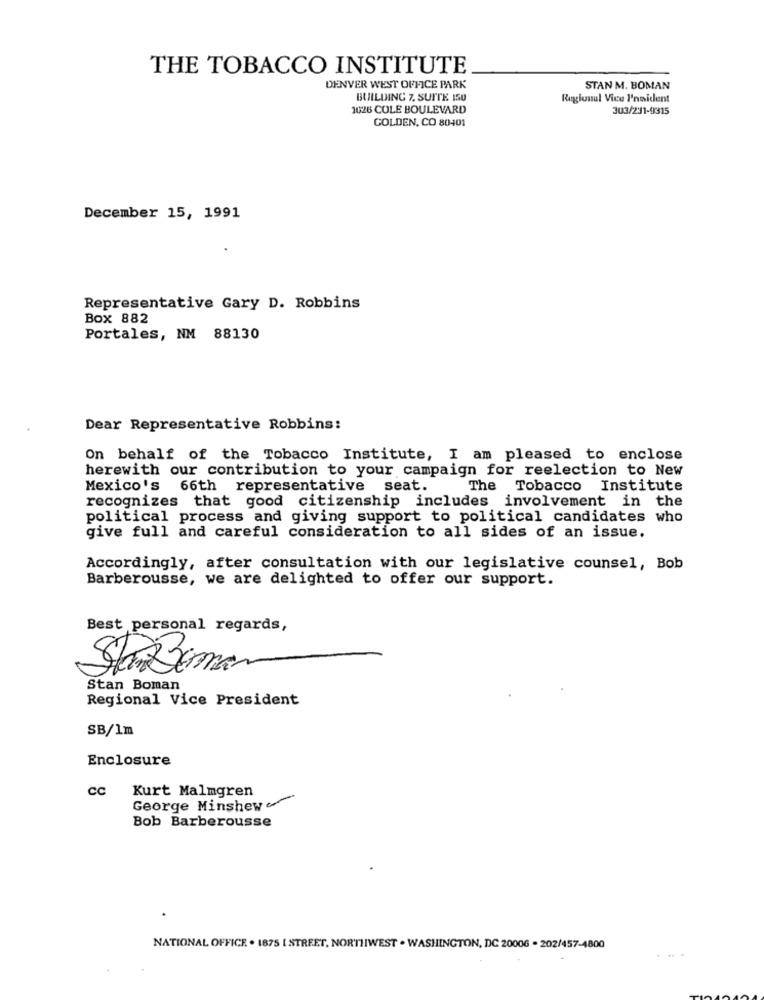
THE TOBACCO INSTITUTE
DENVER WEST OFFICE PARK
STAN M. BOMAN
BUILDING 7. SUITE 150
Regional Vice I'neident
1026 COLE BOULEVARD
303/231-9315
GOLDEN, CO 80401
December 15, 1991
Representative Gary D. Robbins
Box 882
Portales, NM 88130
Dear Representative Robbins:
On behalf of the Tobacco Institute, I am pleased to enclose
herewith our contribution to your campaign for reelection to New
Mexico's 66th representative seat.
The Tobacco Institute
recognizes that good citizenship includes involvement in the
political process and giving support to political candidates who
give full and careful consideration to all sides of an issue.
Accordingly, after consultation with our legislative counsel, Bob
Barberousse, we are delighted to offer our support.
Best personal regards,
StaBaman
Stan Boman
Regional Vice President
SB/1m
Enclosure
CC
Kurt Malmgren
George Minshew
Bob Barberousse
NATIONAL OFFICE . 1875 [ STREET, NORTHWEST . WASHINGTON, DC 20006 - 202/457-4800